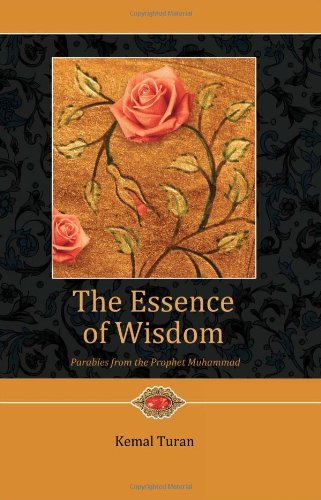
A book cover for The Essence of Wisdom: Parables from Prophet Muhammad; Kemal Turan; Teen & Young Adult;